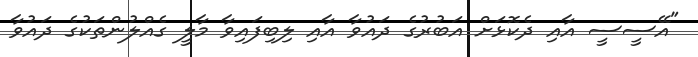
"އޭސީސީ އާއި ދެކޮޅަށް އަބުރުގެ ދައުވާ އާއި ލިބިފައިވާ މާލީ ގެއްލުންތަކުގެ ދައުވާ